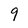
Character: 9